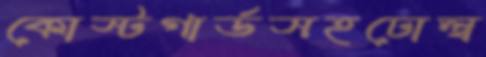
কোস্টগার্ডসহঢোল্‌ব